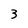
Character: 3